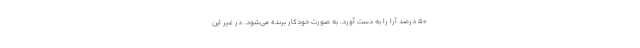
50 درصد آرا را به دست آورد، به صورت خودکار برنده می‌شود. در غیر این